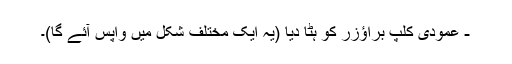
- عمودی کلپ براؤزر کو ہٹا دیا (یہ ایک مختلف شکل میں واپس آئے گا)۔